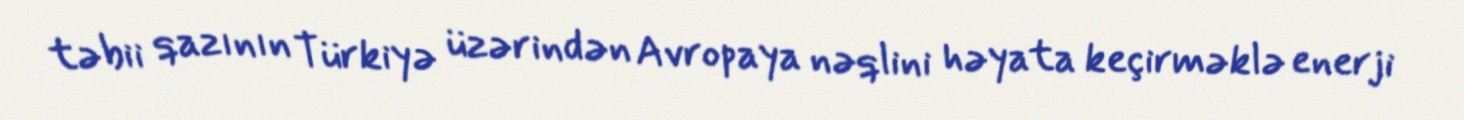
təbii qazının Türkiyə üzərindən Avropaya nəqlini həyata keçirməklə enerji